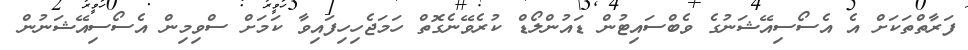
ފަރާތްތަކަށް އެ އެސޯސިއޭޝަނުގެ ވެބްސައިޓުން ޑައުންލޯޑް ކުރެވޭނެގޮތް ހަމަޖެހިހިފައިވާ ކަމަށް ސްވިމިން އެސޯސިއޭޝަނުން